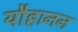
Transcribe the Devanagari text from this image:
यौहानन